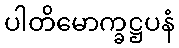
ပါတိမောက္ခဋ္ဌပနံ